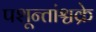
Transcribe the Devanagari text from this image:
पशून्तांश्चक्रे